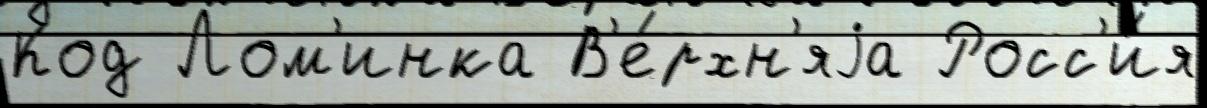
Код Лом'инка В'е́рхн'яjа Росс'и́я